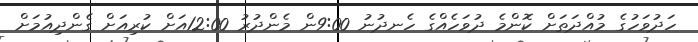
ހަދުވަހުގެ މުއްދަތަށް ކޮންމެ ދުވަހެއްގެ ހެނދުނު 9:00ން މެންދުރު 12:00އަށް ކުރިއަށް ގެންދިއުމަށް